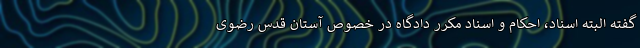
گفته البته اسناد، احکام و اسناد مکرر دادگاه در خصوص آستان قدس رضوی